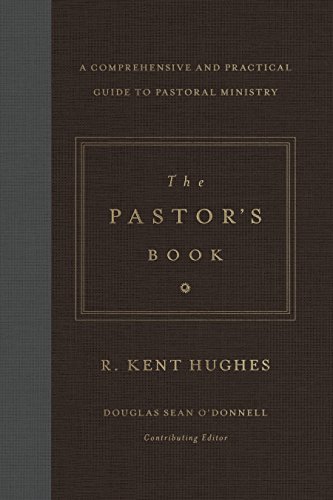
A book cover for The Pastor's Book: A Comprehensive and Practical Guide to Pastoral Ministry; R. Kent Hughes; Christian Books & Bibles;